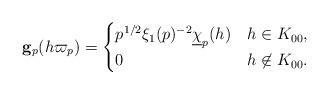
LaTeX: \begin{align*} \mathbf g_p(h\varpi_p) = \begin{cases} p^{1/2} \xi_1(p)^{-2}\underline{\chi}_p(h) & h \in K_{00},\\ 0 & h \not\in K_{00}. \end{cases}\end{align*}